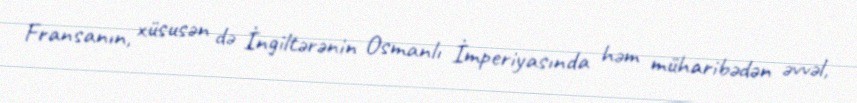
Fransanın, xüsusən də İngiltərənin Osmanlı İmperiyasında həm müharibədən əvvəl,